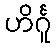
ဟိင်္ဂူ